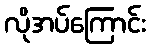
လိုအပ်ကြောင်း